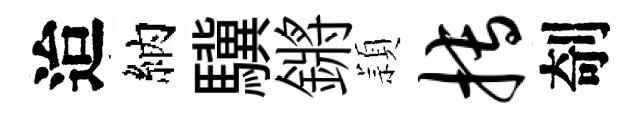
迨納驥鏘頴搏剞